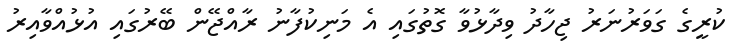
ކުރީގެ ގަވަރުނަރު ޖިހާދު ވިދާޅުވާ ގޮތުގައި އެ މަނިކުފާނު ރާއްޖޭން ބޭރުގައި އުޅުއްވާއިރު